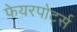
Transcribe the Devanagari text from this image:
फेयरपोर्ट्स